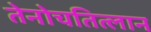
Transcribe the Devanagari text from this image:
तेनोचतित्लान